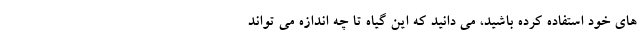
های خود استفاده کرده باشید، می دانید که این گیاه تا چه اندازه می تواند